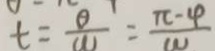
t = \frac { \theta } { 1 1 } = \frac { \pi - 4 } { 1 1 }